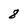
Character: 8